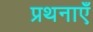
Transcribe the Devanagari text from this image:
प्रथनाएँ